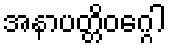
အနာပတ္တိဝဂ္ဂေါ